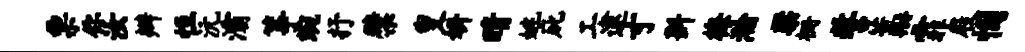
票你汝辫恒沅灞筝蜿抒檗叟妍晴姚庇工逮寸斟梅瀚梁栅誓藁霏屐悃